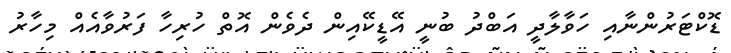
ޑޮކްޓަރުންނާއި ހަވާލާދީ އަބްދު ބުނީ އޭޑީކޭއިން ދެވެން އޮތް ހުރިހާ ފަރުވާއެއް މިހާރު